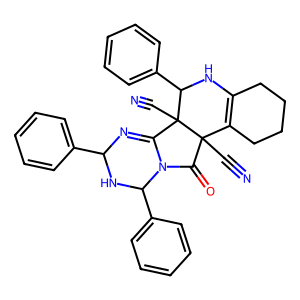
SMILES: N#CC12C(=O)N3C(=NC(c4ccccc4)NC3c3ccccc3)C1(C#N)C(c1ccccc1)NC1=C2CCCC1
Inhibits HIV replication: No